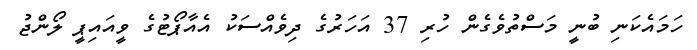
ހަމައެކަނި ބުނީ މަސްތުވެގެން ހުރި 37 އަހަރުގެ ދިވެއްސަކު އެއާޕޯޓުގެ ވީއައިޕީ ލޯންޖު